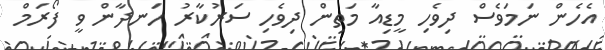
އެހެން ނަމަވެސް ދިވެހި މީޑިއާ މަތިން ދިވެހި ސަރުކާރު ހަނދާން ވީ ފޯރަމް